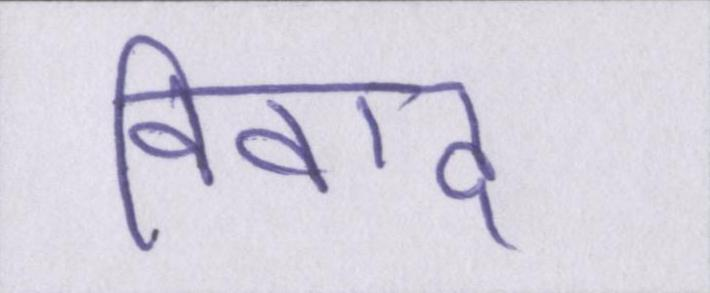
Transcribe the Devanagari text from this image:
विवाद